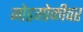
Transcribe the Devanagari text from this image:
जोडगोळीवर